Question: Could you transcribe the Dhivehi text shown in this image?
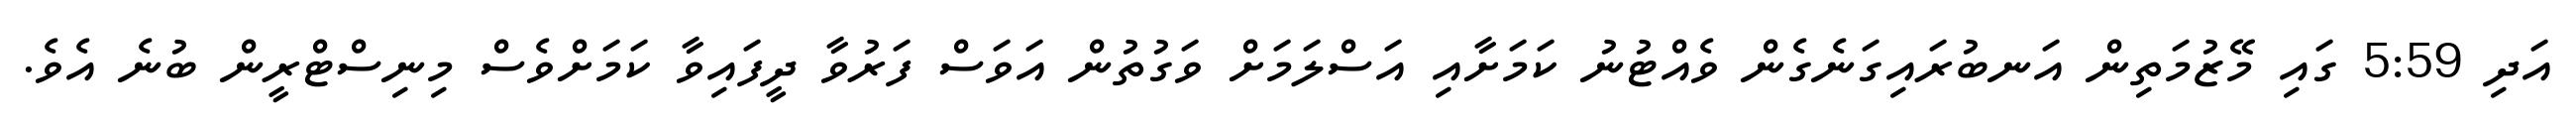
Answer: އަދި 5:59 ގައި މޭޒުމަތިން އަނބުރައިގަނެގެން ވެއްޓުނު ކަމަށާއި އަސްލަމަށް ވަގުތުން އަވަސް ފަރުވާ ދީފައިވާ ކަމަށްވެސް މިނިސްޓްރީން ބުނެ އެވެ.